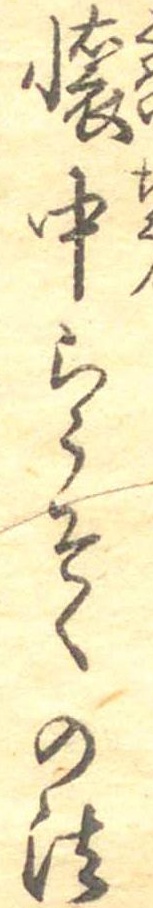
懐中らうそくの法